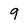
Character: q